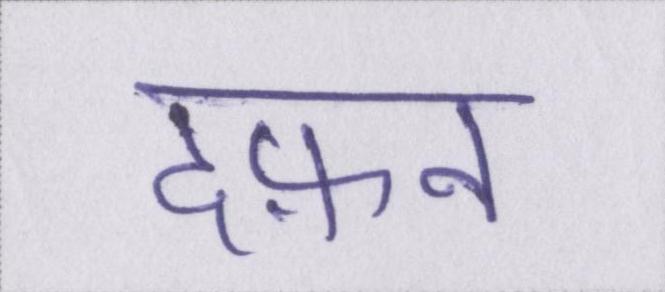
दफ़न